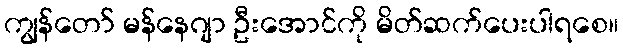
ကျွန်တော် မန်နေဂျာ ဦးအောင်ကို မိတ်ဆက်ပေးပါရစေ။